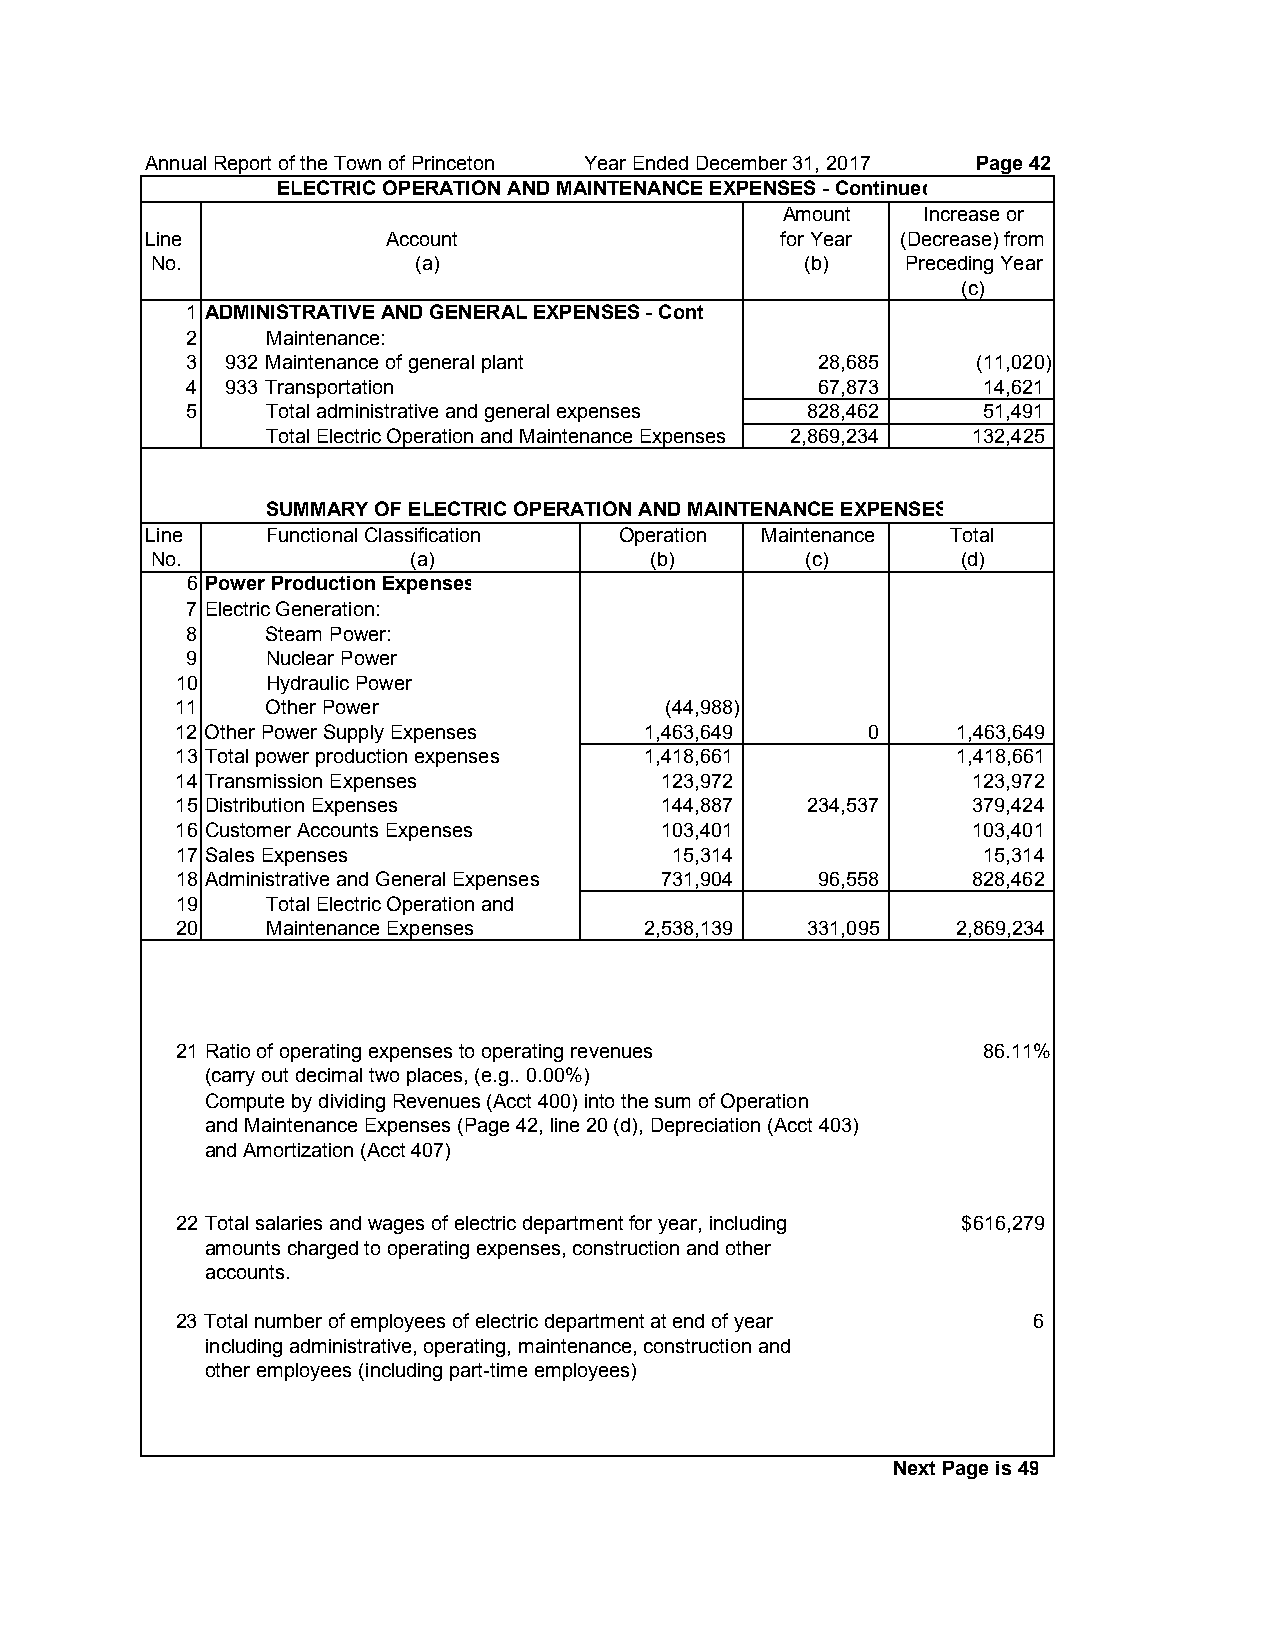
Annual Report of the Town of Princeton Year Ended December 31, 2017 Page 42
 ELECTRIC OPERATION AND MAINTENANCE EXPENSES - Continued
 Amount   Increase or
 Line            Account                   for Year (Decrease) from
 No.               (a)                      (b)    Preceding Year
 (c)
 1 ADMINISTRATIVE AND GENERAL EXPENSES - Cont
 2     Maintenance:
 3  932 Maintenance of general plant       28,685     (11,020)
 4  933 Transportation                     67,873     14,621
 5     Total administrative and general expenses 828,462 51,491
 Total Electric Operation and Maintenance Expenses 2,869,234 132,425
 SUMMARY OF ELECTRIC OPERATION AND MAINTENANCE EXPENSES
 Line    Functional Classification Operation Maintenance Total
 No.              (a)             (b)       (c)        (d)
 6 Power Production Expenses
 7 Electric Generation:
 8     Steam Power:
 9     Nuclear Power
 10    Hydraulic Power
 11    Other Power               (44,988)
 12 Other Power Supply Expenses 1,463,649     0     1,463,649
 13 Total power production expenses 1,418,661       1,418,661
 14 Transmission Expenses        123,972             123,972
 15 Distribution Expenses        144,887  234,537    379,424
 16 Customer Accounts Expenses   103,401             103,401
 17 Sales Expenses               15,314               15,314
 18 Administrative and General Expenses 731,904 96,558 828,462
 19    Total Electric Operation and
 20    Maintenance Expenses     2,538,139 331,095   2,869,234
 21 Ratio of operating expenses to operating revenues 86.11%
 (carry out decimal two places, (e.g.. 0.00%)
 Compute by dividing Revenues (Acct 400) into the sum of Operation
 and Maintenance Expenses (Page 42, line 20 (d), Depreciation (Acct 403)
 and Amortization (Acct 407)
 22 Total salaries and wages of electric department for year, including $616,279
 amounts charged to operating expenses, construction and other
 accounts.
 23 Total number of employees of electric department at end of year 6
 including administrative, operating, maintenance, construction and
 other employees (including part-time employees)
 Next Page is 49